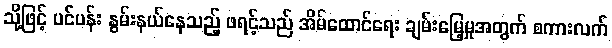
သို့ဖြင့် ပင်ပန်း နွမ်းနယ်နေသည့် ဖရင့်သည် အိမ်ထောင်ရေး ချမ်းမြေ့မှုအတွက် စကားလက်